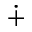
\dotplus